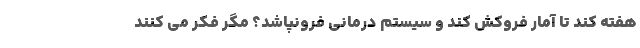
هفته کند تا آمار فروکش کند و سیستم درمانی فرونپاشد؟ مگر فکر می کنند